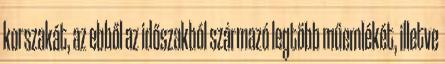
korszakát, az ebből az időszakból származó legtöbb műemlékét, illetve